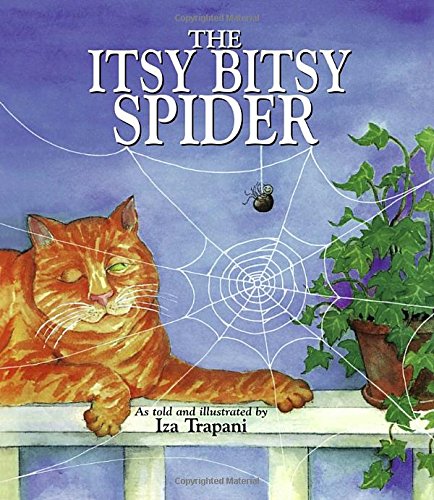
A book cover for The Itsy Bitsy Spider; Children's Books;